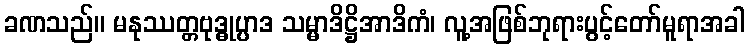
ခဏသည်။ မနုဿတ္တဗုဒ္ဓုပ္ပာဒ သမ္မာဒိဋ္ဌိအာဒိကံ၊ လူ့အဖြစ်ဘုရားပွင့်တော်မူရာအခါ